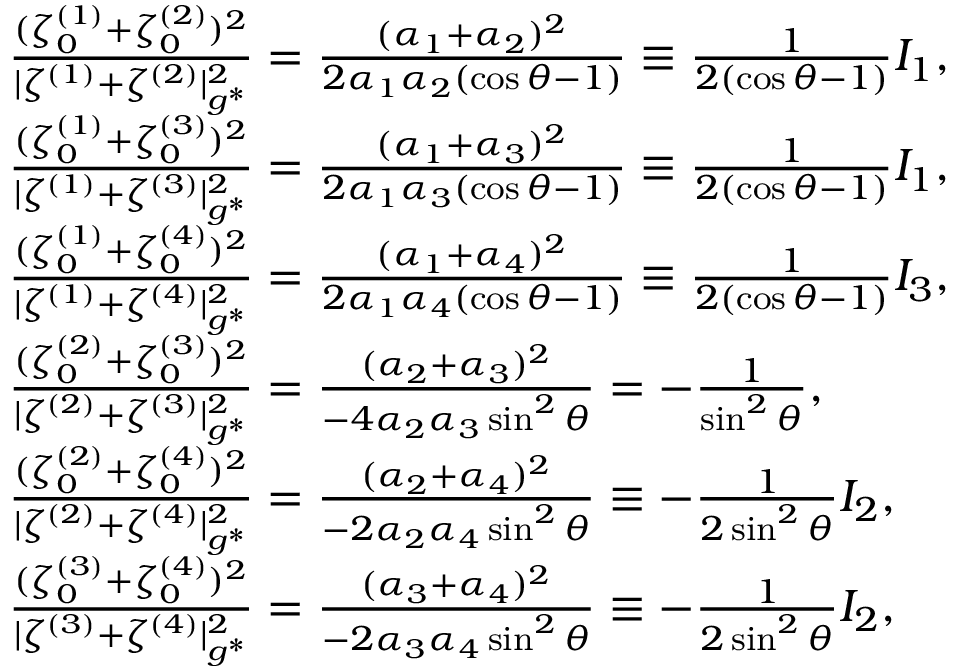
\begin{array} { r l } & { \frac { ( \zeta _ { 0 } ^ { ( 1 ) } + \zeta _ { 0 } ^ { ( 2 ) } ) ^ { 2 } } { | \zeta ^ { ( 1 ) } + \zeta ^ { ( 2 ) } | _ { g ^ { * } } ^ { 2 } } = \frac { ( \alpha _ { 1 } + \alpha _ { 2 } ) ^ { 2 } } { 2 \alpha _ { 1 } \alpha _ { 2 } ( \cos \theta - 1 ) } \equiv \frac { 1 } { 2 ( \cos \theta - 1 ) } I _ { 1 } , } \\ & { \frac { ( \zeta _ { 0 } ^ { ( 1 ) } + \zeta _ { 0 } ^ { ( 3 ) } ) ^ { 2 } } { | \zeta ^ { ( 1 ) } + \zeta ^ { ( 3 ) } | _ { g ^ { * } } ^ { 2 } } = \frac { ( \alpha _ { 1 } + \alpha _ { 3 } ) ^ { 2 } } { 2 \alpha _ { 1 } \alpha _ { 3 } ( \cos \theta - 1 ) } \equiv \frac { 1 } { 2 ( \cos \theta - 1 ) } I _ { 1 } , } \\ & { \frac { ( \zeta _ { 0 } ^ { ( 1 ) } + \zeta _ { 0 } ^ { ( 4 ) } ) ^ { 2 } } { | \zeta ^ { ( 1 ) } + \zeta ^ { ( 4 ) } | _ { g ^ { * } } ^ { 2 } } = \frac { ( \alpha _ { 1 } + \alpha _ { 4 } ) ^ { 2 } } { 2 \alpha _ { 1 } \alpha _ { 4 } ( \cos \theta - 1 ) } \equiv \frac { 1 } { 2 ( \cos \theta - 1 ) } I _ { 3 } , } \\ & { \frac { ( \zeta _ { 0 } ^ { ( 2 ) } + \zeta _ { 0 } ^ { ( 3 ) } ) ^ { 2 } } { | \zeta ^ { ( 2 ) } + \zeta ^ { ( 3 ) } | _ { g ^ { * } } ^ { 2 } } = \frac { ( \alpha _ { 2 } + \alpha _ { 3 } ) ^ { 2 } } { - 4 \alpha _ { 2 } \alpha _ { 3 } \sin ^ { 2 } \theta } = - \frac { 1 } { \sin ^ { 2 } \theta } , } \\ & { \frac { ( \zeta _ { 0 } ^ { ( 2 ) } + \zeta _ { 0 } ^ { ( 4 ) } ) ^ { 2 } } { | \zeta ^ { ( 2 ) } + \zeta ^ { ( 4 ) } | _ { g ^ { * } } ^ { 2 } } = \frac { ( \alpha _ { 2 } + \alpha _ { 4 } ) ^ { 2 } } { - 2 \alpha _ { 2 } \alpha _ { 4 } \sin ^ { 2 } \theta } \equiv - \frac { 1 } { 2 \sin ^ { 2 } \theta } I _ { 2 } , } \\ & { \frac { ( \zeta _ { 0 } ^ { ( 3 ) } + \zeta _ { 0 } ^ { ( 4 ) } ) ^ { 2 } } { | \zeta ^ { ( 3 ) } + \zeta ^ { ( 4 ) } | _ { g ^ { * } } ^ { 2 } } = \frac { ( \alpha _ { 3 } + \alpha _ { 4 } ) ^ { 2 } } { - 2 \alpha _ { 3 } \alpha _ { 4 } \sin ^ { 2 } \theta } \equiv - \frac { 1 } { 2 \sin ^ { 2 } \theta } I _ { 2 } , } \end{array}